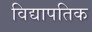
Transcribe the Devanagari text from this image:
विद्यापतिक